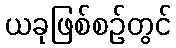
ယခုဖြစ်စဉ်တွင်